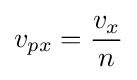
v_{px}={\frac {v_{x}}{n}}